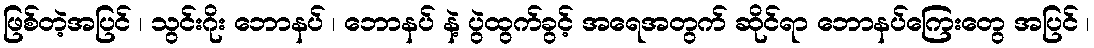
ဖြစ်တဲ့အပြင် ၊ သွင်းဂိုး ဘောနပ် ၊ ဘောနပ် နဲ့ ပွဲထွက်ခွင့် အရေအတွက် ဆိုင်ရာ ဘောနပ်ကြေးတွေ အပြင် ၊